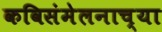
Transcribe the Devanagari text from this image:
कविसंमेलनाच्या